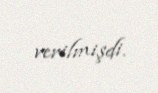
verilmişdi.